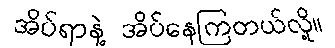
အိပ်ရာနဲ့ အိပ်နေကြတယ်လို့။